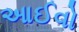
આઈવો